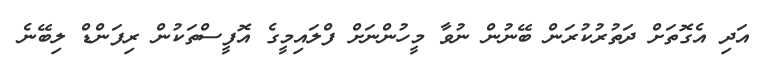
އަދި އެގޮތަށް ދަތުރުކުރަން ބޭނުން ނުވާ މީހުންނަށް ފްލައިމީގެ އޮފީސްތަކުން ރިފަންޑް ލިބޭނެ